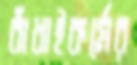
বাঁধাইকর্মের